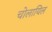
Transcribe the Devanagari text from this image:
चोलायिल